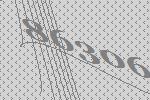
86306